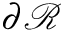
\partial \mathcal { R }